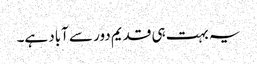
یہ بہت ہی قدیم دور سے آباد ہے۔